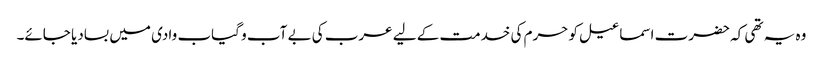
وہ یہ تھی کہ حضرت اسماعیل کو حرم کی خدمت کے لیے عرب کی بے آب و گیاب وادی میں بسادیا جائے۔